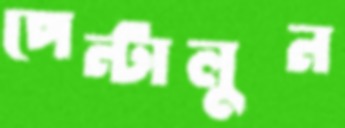
পেন্টালুন